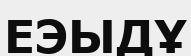
ЕЭЫДҰ